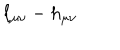
\ell _ { \mu \nu } - h _ { \mu \nu }